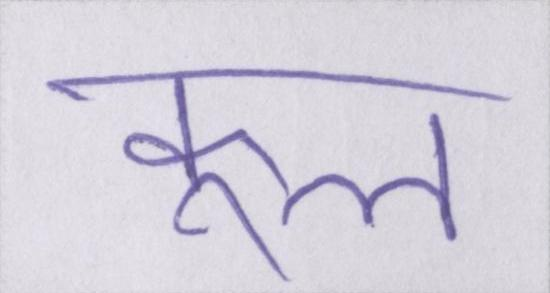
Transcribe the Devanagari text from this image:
कूल